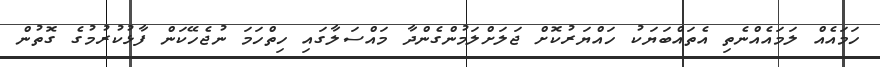
ހަމައެއް ލަމައެއްނެތި އެތައްބަޔަކު ހައްޔަރުކޮށް ޖަލަށްލަމުންގެންދާ މައްސަލާގައި ހިތްހަމަ ނުޖެހޭކަން ފާޅުކުރުމުގެ ގޮތުން